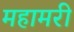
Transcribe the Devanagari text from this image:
महामरी